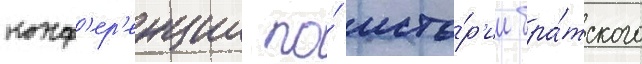
конф'ер'енции по́ исто́р'ии бра́тского